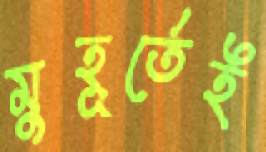
মুহূর্তেই